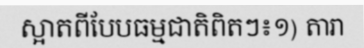
ស្អាតពីបែបធម្មជាតិពិតៗ៖១) តារា